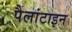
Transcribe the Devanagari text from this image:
पैलांटाइन